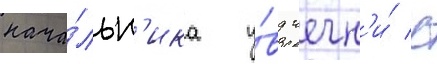
нача́льн'ика у́вд чечн'и́ с